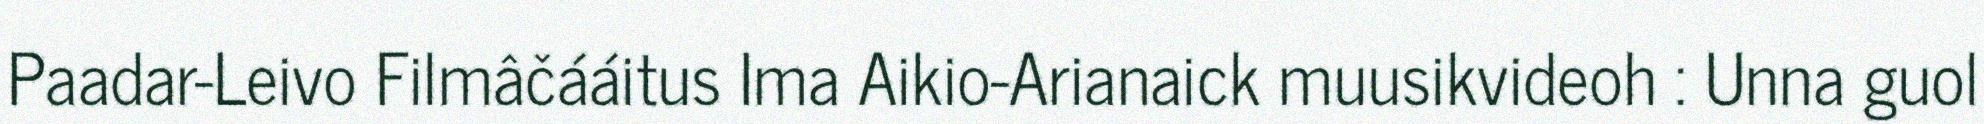
Paadar-Leivo Filmâčááitus Ima Aikio-Arianaick muusikvideoh : Unna guol